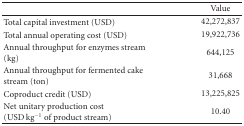
|  | Value |
 | --- | --- |
 | Total capital investment (USD) | 42,272,837 |
 | Total annual operating cost (USD) | 19,922,736 |
 | Annual throughput for enzymes stream (kg) | 644,125 |
 | Annual throughput for fermented cake stream (ton) | 31,668 |
 | Coproduct credit (USD) | 13,225,825 |
 | Net unitary production cost (USD kg−1 of product stream) | 10.40 |